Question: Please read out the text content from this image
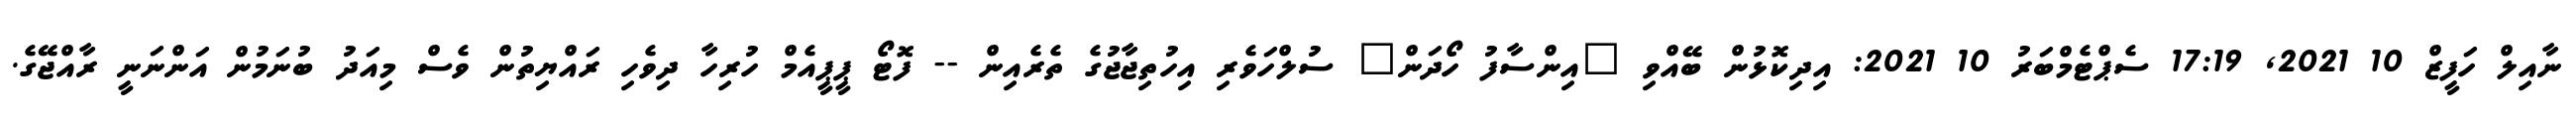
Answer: ނާއިލް ހަފީޒް 10 2021, 17:19 ސެޕްޓެމްބަރު 10 2021: އިދިކޮޅުން ބޭއްވި "އިންސާފު ހޯދަން" ސުލްހަވެރި އިހުތިޖާޖުގެ ތެރެއިން -- ފޮޓޯ ޕީޕީއެމް ހުރިހާ ދިވެހި ރައްޔިތުން ވެސް މިއަދު ބުނަމުން އަންނަނީ ރާއްޖޭގެ.